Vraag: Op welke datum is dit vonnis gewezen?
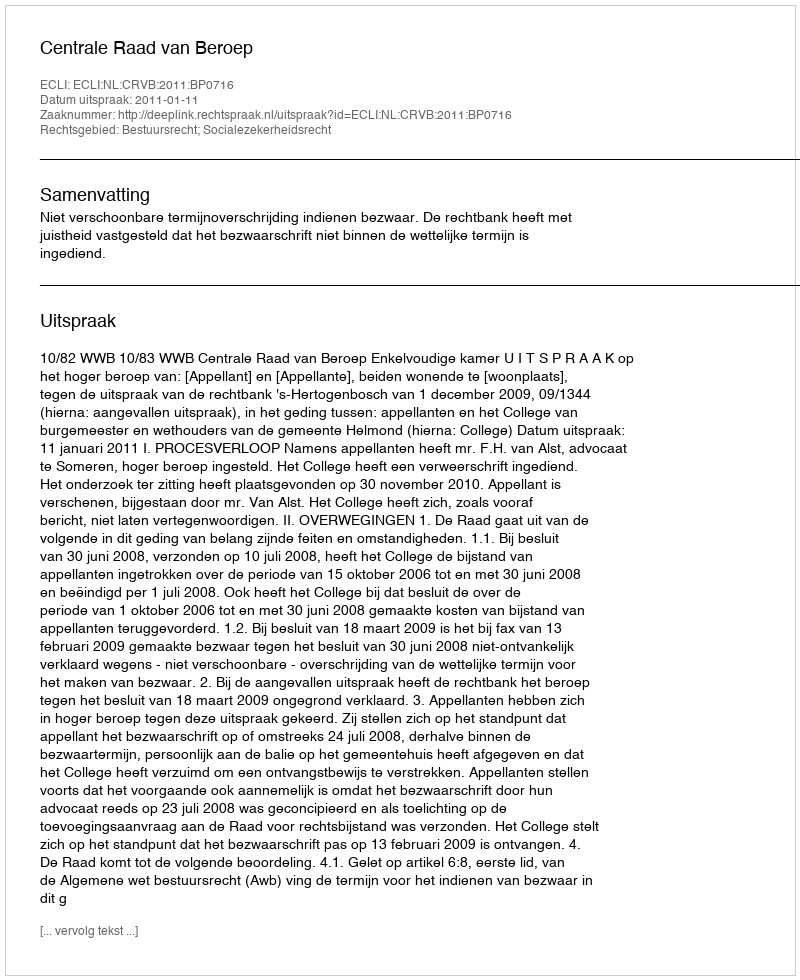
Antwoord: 2011-01-11